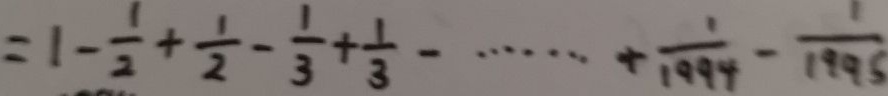
= 1 - \frac { 1 } { 2 } + \frac { 1 } { 2 } - \frac { 1 } { 3 } + \frac { 1 } { 3 } - \cdots + \frac { 1 } { 1 9 9 4 } - \frac { 1 } { 1 9 9 5 }